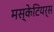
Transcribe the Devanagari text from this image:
मस्केटियर्स